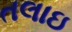
તલાઇ